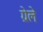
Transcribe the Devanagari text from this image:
ग्रेले